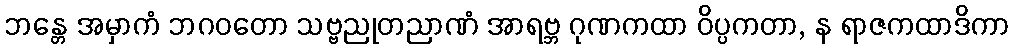
ဘန္တေ အမှာကံ ဘဂဝတော သဗ္ဗညုတညာဏံ အာရဗ္ဘ ဂုဏကထာ ဝိပ္ပကတာ, န ရာဇကထာဒိကာ